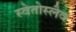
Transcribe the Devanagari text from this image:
स्वेतोस्लैव